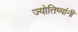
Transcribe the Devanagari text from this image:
ज्योतिष्यांनी